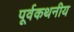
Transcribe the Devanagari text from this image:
पूर्वकथनीय